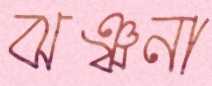
ঝঞ্ঝনা